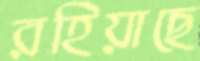
রহিয়াছে